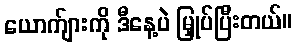
ယောက်ျားကို ဒီနေ့ပဲ မြှုပ်ပြီးတယ်။